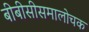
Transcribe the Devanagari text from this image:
बीबीसीसमालोचक